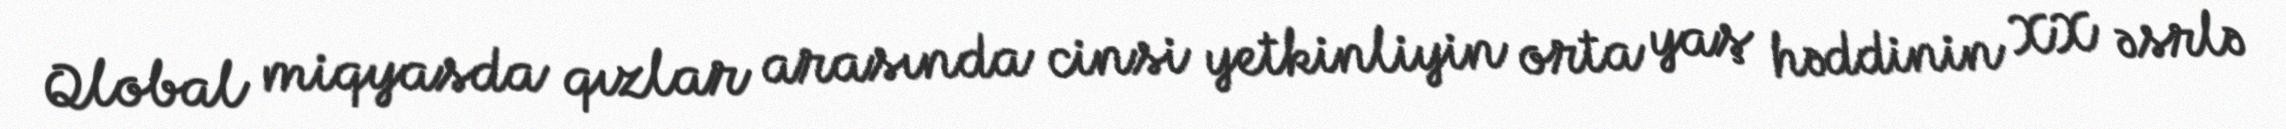
Qlobal miqyasda qızlar arasında cinsi yetkinliyin orta yaş həddinin XX əsrlə